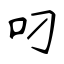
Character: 叼